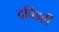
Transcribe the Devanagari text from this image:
द्रविडही